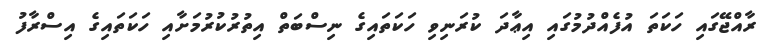
ރާއްޖޭގައި ހަކަތަ އުފެއްދުމުގައި އިޢާދަ ކުރަނިވި ހަކަތައިގެ ނިސްބަތް އިތުރުކުރުމަށާއި ހަކަތައިގެ އިސްރާފު